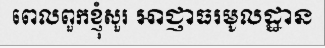
ពេលពួកខ្ញុំសួរ អាជ្ញាធរមូលដ្ឋាន